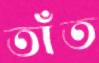
তাঁত